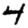
Digit: 4